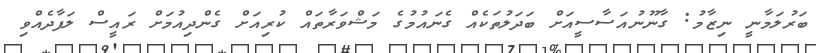
ބަރުލަމާނީ ނިޒާމު: ގާނޫނުއަސާސީއަށް ބަަދަލުތަކެއް ގެނައުމުގެ މަޝްވަރާތައް ކުރިއަށް ގެންދިއުމަށް ރައީސް ލަފާދެއްވި